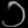
Digit: ၁